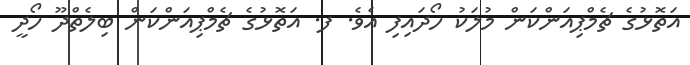
އަތޮޅުގެ ޗެމްޕިއަންކަން މުލަކު ހޯދައިފި އެވެ. ފ. އަތޮޅުގެ ޗެމްޕިއަންކަން ބިލެތްދޫ ހޯދީ